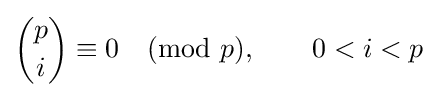
{p \choose i}\equiv 0{\pmod {p}},\qquad 0<i<p